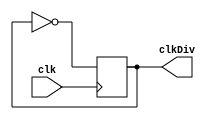
module clockDiv(
    output clkDiv,
    input clk
    );
    
reg clkDiv;
    
initial
begin
    clkDiv = 0;
end;

always @(posedge clk)
begin
    clkDiv = ~clkDiv;
end;

endmodule